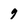
Character: 9